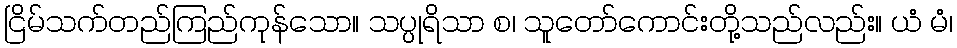
ငြိမ်သက်တည်ကြည်ကုန်သော။ သပ္ပုရိသာ စ၊ သူတော်ကောင်းတို့သည်လည်း။ ယံ မံ၊